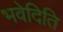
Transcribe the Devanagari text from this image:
भवेदिति